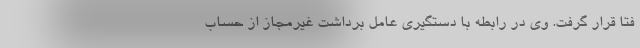
فتا قرار گرفت. وی در رابطه با دستگیری عامل برداشت غیرمجاز از حساب